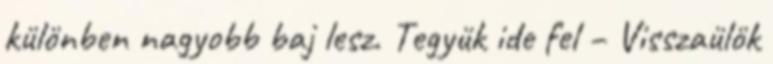
különben nagyobb baj lesz. Tegyük ide fel – Visszaülök